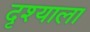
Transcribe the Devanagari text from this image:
दृश्याला